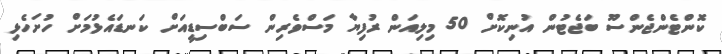
ކޮންޓެންޖެންސޫ ބަޖެޓުން އުނިކޮށް 50 މިލިއަން ރުފިޔާ މަސްވެރިން ސަބްސިޑީއަށް ކަނޑައެޅުމަށް ހުށަހެޅި